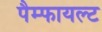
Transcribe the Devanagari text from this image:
पैम्फायल्ट